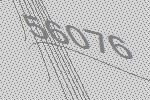
56076